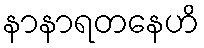
နာနာရတနေဟိ